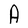
Character: A